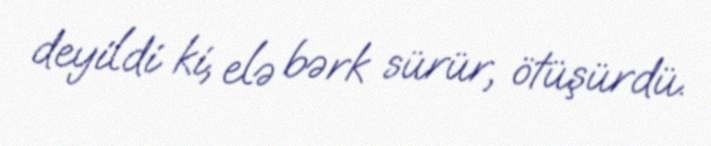
deyildi ki, elə bərk sürür, ötüşürdü.